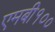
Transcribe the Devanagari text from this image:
एमबी१००